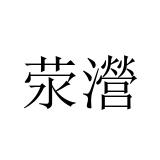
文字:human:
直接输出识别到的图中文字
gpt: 荥瀯